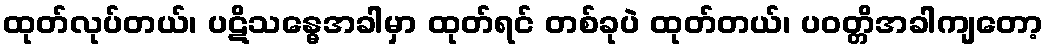
ထုတ်လုပ်တယ်၊ ပဋိသန္ဓေအခါမှာ ထုတ်ရင် တစ်ခုပဲ ထုတ်တယ်၊ ပဝတ္တိအခါကျတော့